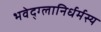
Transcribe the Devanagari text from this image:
भवेद्‌ग्लानिर्धर्मस्य